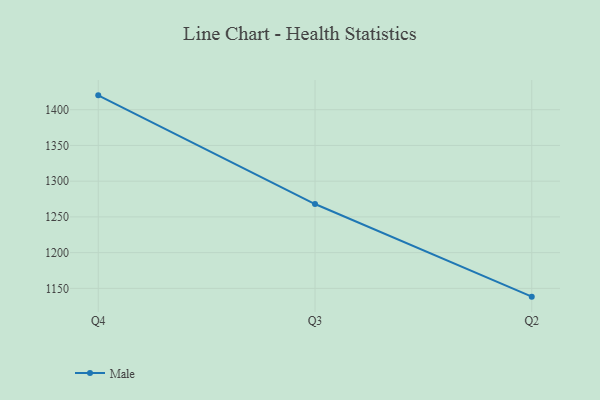
{"axis": {"x": "Quarter", "y": "Net Income (USD K)"}, "legend": ["Male"], "data": [{"x": "Q4", "y": 1420.1, "type": "Male"}, {"x": "Q3", "y": 1268.0, "type": "Male"}, {"x": "Q2", "y": 1138.4, "type": "Male"}]}